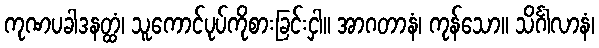
ကုဏပခါဒနတ္ထံ၊ သူကောင်ပုပ်ကိုစားခြင်းငှါ။ အာဂတာနံ၊ ကုန်သော။ သိင်္ဂါလာနံ၊